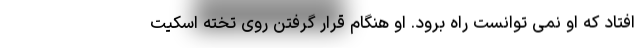
افتاد که او نمی توانست راه برود. او هنگام قرار گرفتن روی تخته اسکیت